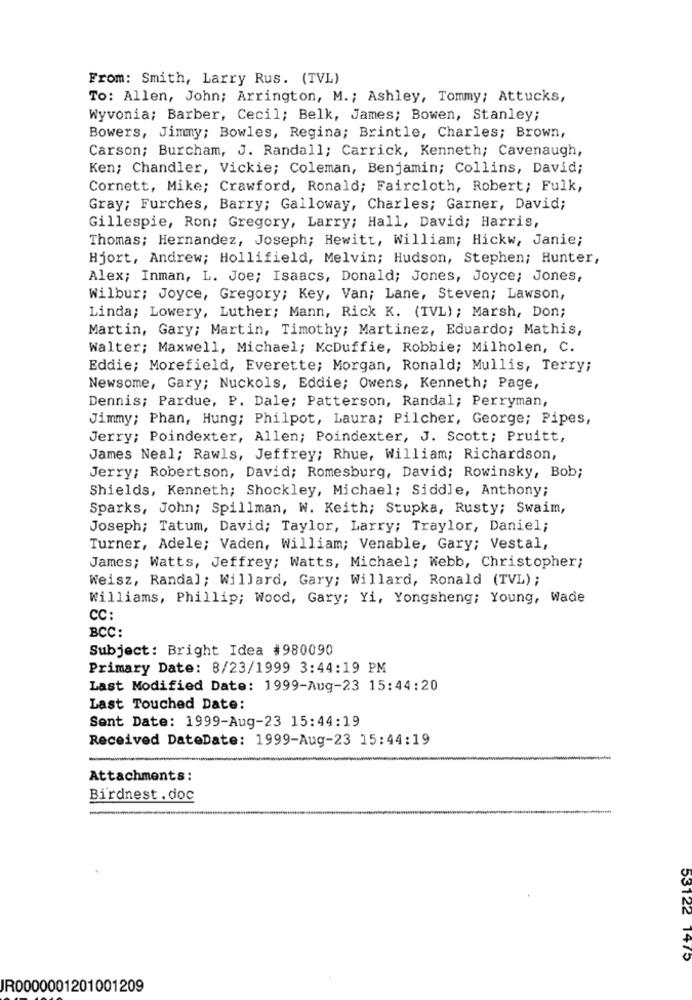
From: Smith, Larry Rus. (TVL)
To: Allen, John; Arrington, M. ; Ashley, Tommy; Attucks,
Wyvonia; Barber, Cecil; Belk, James; Bowen, Stanley;
Bowers, Jimmy; Bowles, Regina; Brintle, Charles; Brown,
Carson; Burcham, J. Randall; Carrick, Kenneth; Cavenaugh,
Ken; Chandler, Vickie; Coleman, Benjamin; Collins, David;
Cornett, Mike; Crawford, Ronald; Faircloth, Robert; Fulk,
Gray; Furches, Barry; Galloway, Charles; Garner, David;
Gillespie, Ron; Gregory, Larry; Hall, David; Harris,
Thomas; Hernandez, Joseph; Hewitt, William; Hickw, Janie;
Hjort, Andrew; Hollifield, Melvin; Hudson, Stephen; Hunter,
Alex; Inman, L. Joe; Isaacs, Donald; Jones, Joyce; Jones,
Wilbur; Joyce, Gregory; Key, Van; Lane, Steven; Lawson,
Linda; Lowery, Luther; Mann, Rick K. (TVL) ; Marsh, Don;
Martin, Gary; Martin, Timothy; Martinez, Eduardo; Mathis,
Walter; Maxwell, Michael; McDuffie, Robbie; Milholen, C.
Eddie; Morefield, Everette; Morgan, Ronald; Mullis, Terry;
Newsome, Gary; Nuckols, Eddie; Owens, Kenneth; Page,
Dennis; Pardue, P. Dale; Patterson, Randal; Perryman,
Jimmy; Phan, Hung; Philpot, Laura; Pilcher, George; Pipes,
Jerry; Poindexter, Allen; Poindexter, J. Scott; Pruitt,
James Neal; Rawls, Jeffrey; Rhue, William; Richardson,
Jerry; Robertson, David; Romesburg, David; Rowinsky, Bob;
Shields, Kenneth; Shockley, Michael; Siddle, Anthony;
Sparks, John; Spillman, W. Keith; Stupka, Rusty; Swaim,
Joseph; Tatum, David; Taylor, Larry; Traylor, Daniel;
Turner, Adele; Vaden, William; Venable, Gary; Vestal,
James; Watts, Jeffrey; Watts, Michael; Webb, Christopher;
Weisz, Randal; Willard, Gary; Willard, Ronald (TVL);
Williams, Phillip; Wood, Gary; Yi, Yongsheng; Young, Wade
CC:
BCC:
Subject: Bright Idea #980090
Primary Date: 8/23/1999 3:44:19 PM
Last Modified Date: 1999-Aug-23 15:44:20
Last Touched Date:
Sent Date: 1999-Aug-23 15:44:19
Received DateDate: 1999-Aug-23 15:44:19
Attachments:
Birdnest. doc
53122 1475
JR0000001201001209